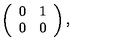
\left( \begin{array} { c c } { 0 } & { 1 } \\ { 0 } & { 0 } \\ \end{array} \right) ,